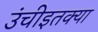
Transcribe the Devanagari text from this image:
उंचीइतक्या